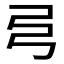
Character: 𢎧